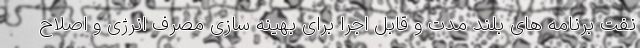
نفت برنامه های بلند مدت و قابل اجرا برای بهینه سازی مصرف انرژی و اصلاح